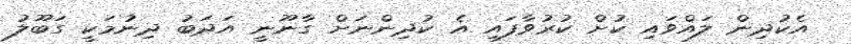
އެކުދިން ލައްވައި ކުށް ކުރުވާފައި އެ ކުދިންނަށް ގާނޫނީ އަދަބު ދިނުމަކީ ގަބޫލު